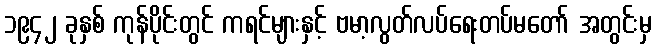
၁၉၄၂ ခုနှစ် ကုန်ပိုင်းတွင် ကရင်များနှင့် ဗမာ့လွတ်လပ်ရေးတပ်မတော် အတွင်းမှ